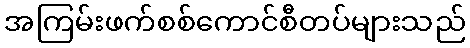
အကြမ်းဖက်စစ်ကောင်စီတပ်များသည်